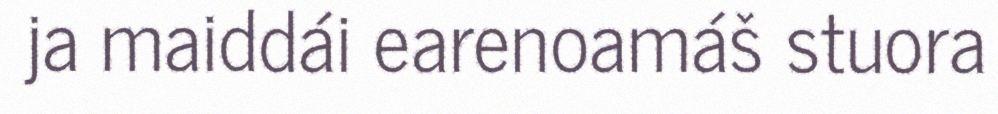
ja maiddái earenoamáš stuora